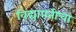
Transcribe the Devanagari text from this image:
विद्यापतीचा